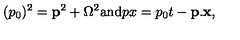
( p _ { 0 } ) ^ { 2 } = { \bf p } ^ { 2 } + \Omega ^ { 2 } \mathrm { a n d } p x = p _ { 0 } t - { \bf p } . { \bf x } ,